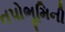
તપોભૂમિની